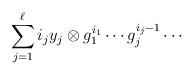
LaTeX: \begin{align*}\sum_{j=1}^\ell i_jy_j\otimes g_1^{i_1}\cdots g_j^{i_j-1}\cdots \end{align*}